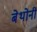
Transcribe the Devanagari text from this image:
बेथोनी